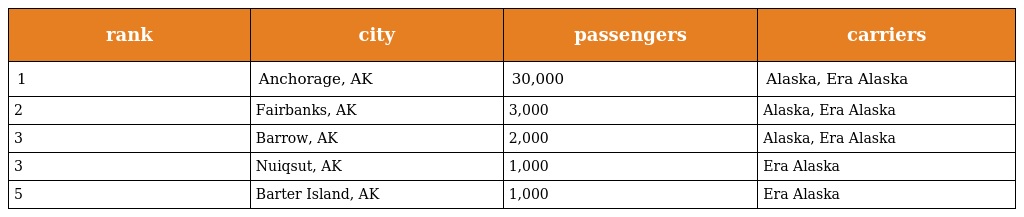
| rank | city | passengers | carriers |
 | --- | --- | --- | --- |
 | 1 | Anchorage, AK | 30,000 | Alaska, Era Alaska |
 | 2 | Fairbanks, AK | 3,000 | Alaska, Era Alaska |
 | 3 | Barrow, AK | 2,000 | Alaska, Era Alaska |
 | 3 | Nuiqsut, AK | 1,000 | Era Alaska |
 | 5 | Barter Island, AK | 1,000 | Era Alaska |